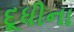
દૂધીના